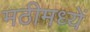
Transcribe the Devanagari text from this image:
मठीमध्यें